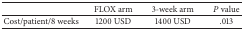
<table><thead><tr><td>[EMPTY_CELL]</td><td><b>FLOX arm</b></td><td><b>3-week arm</b></td><td><b><i>P</i> value</b></td></tr></thead><tbody><tr><td>Cost/patient/8 weeks</td><td>1200 USD </td><td>1400 USD </td><td>.013</td></tr></tbody></table>